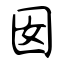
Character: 囡